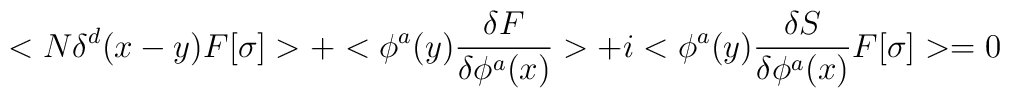
<N\delta^{d} (x-y)F[\sigma ]>+<\phi^{a}(y){\delta F\over\delta\phi^{a}(x)}>+i<\phi^{a}(y){\delta S\over \delta \phi^{a}(x)}F[\sigma ]>=0